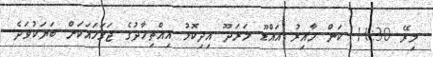
މިރޭ 11:30 ކަން ހާއިރު އައްޑޫ މަރަދޫ އިދިކޮޅު އިއްތިހާދުގެ ޖަގަހައަކަށް ބަޔަކުވަދެ